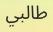
طالبي